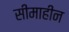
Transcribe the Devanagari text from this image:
सीमाहीन